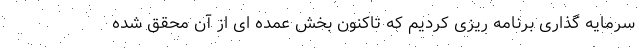
سرمایه گذاری برنامه ریزی کردیم که تاکنون بخش عمده ای از آن محقق شده